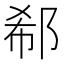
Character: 郗